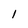
Character: I